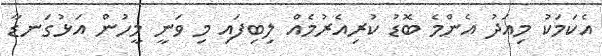
އެކަމަކު މިއަދު އެންމެ ބޮޑު ކުރިއެރުމެއް ލިބިފައި މި ވަނީ މީހުން އަޅުގަނޑާ